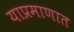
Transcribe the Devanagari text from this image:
याप्रमाणात